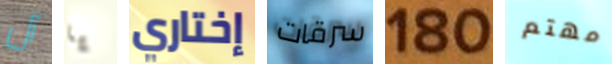
آل يا إختاري سرقات 180 مهتم